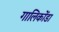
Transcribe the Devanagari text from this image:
गालिकोंडा